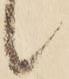
候